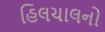
હિલચાલનો